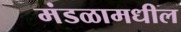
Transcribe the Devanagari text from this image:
मंडळामधील